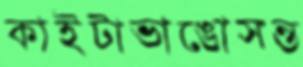
কাইটাভাঙোসন্ত